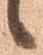
候